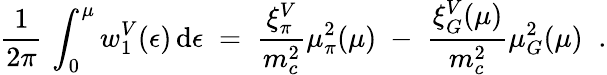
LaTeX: \frac{1}{2\pi}\, \int_{0}^{\mu}w_{1}^{V}(\epsilon)\, \mathrm{d}\epsilon\; =\; \frac{\xi_{\pi}^{V}}{m_{c}^{2}}\mu_{\pi}^{2}(\mu)\; -\; \frac{\xi_{G}^{V}(\mu)}{m_{c}^{2}}\mu_{G}^{2}(\mu)\; \; .